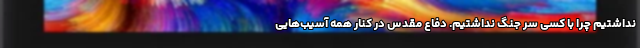
نداشتیم چرا با کسی سر جنگ نداشتیم. دفاع مقدس در کنار همه آسیب‌هایی